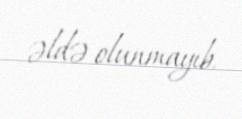
əldə olunmayıb.